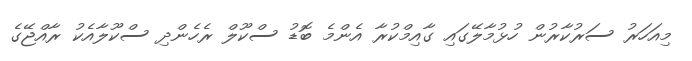
މިއަހަރު ސަރުކާރުން ހުޅުމާލޭގައި ގާއިމްކުރާ އެންމެ ބޮޑު ސްކޫލް ރެހެންދި ސްކޫލާއެކު ރާއްޖޭގެ